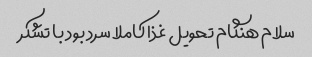
سلام هنگام تحویل غذا کاملا سرد بود با تشکر